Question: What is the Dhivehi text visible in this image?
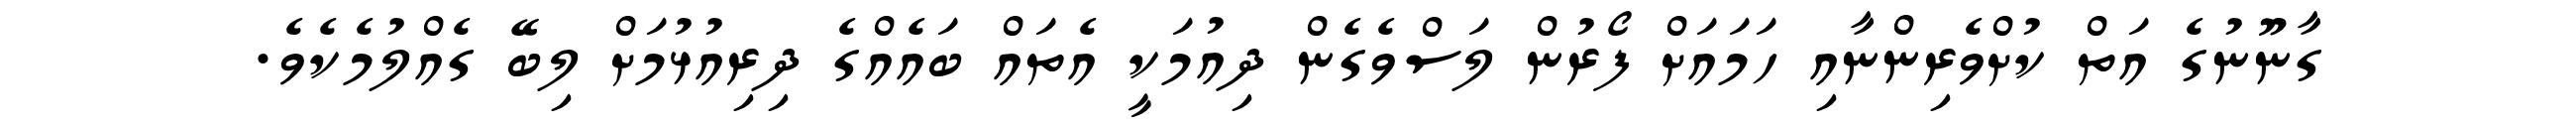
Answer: ގާނޫނުގެ އަތް ކުށްވެރިންނާއި ހަމައަށް ފޯރުން ލަސްވެގެން ދިއުމަކީ އެތައް ބައެއްގެ ދިރިއުޅުމަށް ލިބޭ ގެއްލުމެކެވެ.